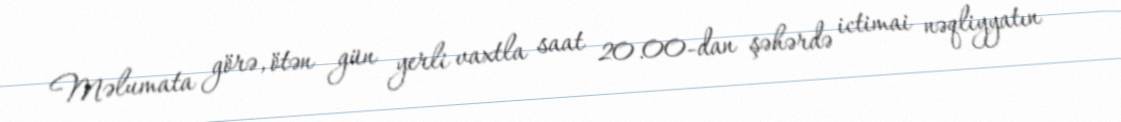
Məlumata görə, ötən gün yerli vaxtla saat 20.00-dan şəhərdə ictimai nəqliyyatın